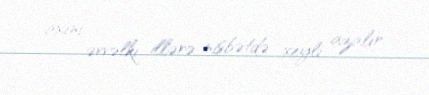
axını əvvəlki illərə nisbətdə xeyli azalır.